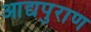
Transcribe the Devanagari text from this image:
आद्यपुराण